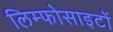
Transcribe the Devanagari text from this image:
लिम्फोसाइटों